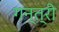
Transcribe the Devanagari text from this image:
गन्त्री